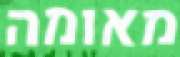
מאומה